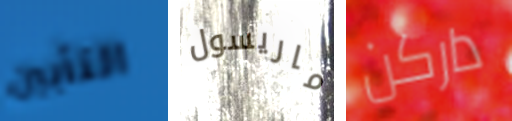
التأبين ماريسول داركن